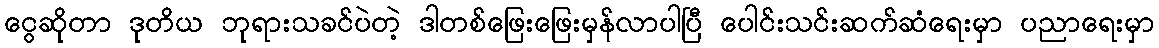
ငွေဆိုတာ ဒုတိယ ဘုရားသခင်ပဲတဲ့ ဒါတစ်ဖြေးဖြေးမှန်လာပါပြီ ပေါင်းသင်းဆက်ဆံရေးမှာ ပညာရေးမှာ